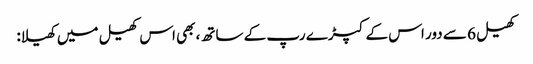
کھیل 6 سے دور اس کے کپڑے رپ کے ساتھ، بھی اس کھیل میں کھیلا: